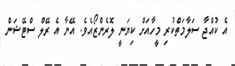
އެ ކުއްޖާ ސަލާމަތްކުރި މީހާއަށް ކިޔަނީ ލޮރެންޒޯއެވެ. އޭނާ އެ ރޭލް ސްޓޭޝަން